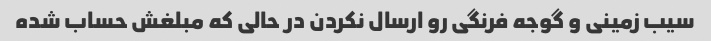
سیب زمینی و گوجه فرنگی رو ارسال نکردن در حالی که مبلغش حساب شده